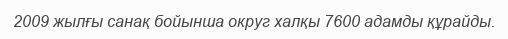
2009 жылғы санақ бойынша округ халқы 7600 адамды құрайды.